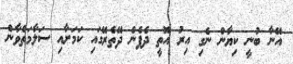
އޭނާ ބުނީ ކިޔާން ނެގި އިރު އޮތީ ދެފެން ދޭތެރޭގައި ކަމަށާއި ސަލާމަތްވާން